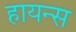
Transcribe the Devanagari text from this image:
हायन्स